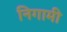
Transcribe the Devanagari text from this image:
निगामी